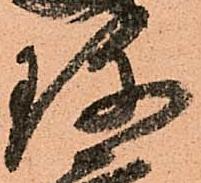
珍